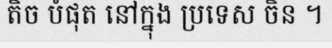
តិច បំផុត នៅក្នុង ប្រទេស ចិន ។